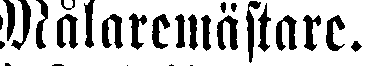
Målaremästare.